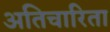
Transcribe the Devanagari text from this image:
अतिचारिता